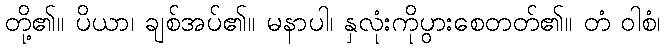
တို့၏။ ပိယာ၊ ချစ်အပ်၏။ မနာပါ၊ နှလုံးကိုပွားစေတတ်၏။ တံ ဝါစံ၊